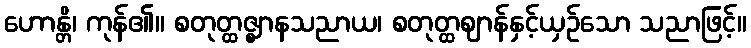
ဟောန္တိ၊ ကုန်၏။ စတုတ္ထဇ္ဈာနသညာယ၊ စတုတ္ထဈာန်နှင့်ယှဉ်သော သညာဖြင့်။